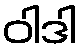
ဝါဒါ